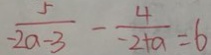
\frac { 5 } { - 2 a - 3 } - \frac { 4 } { - 2 + a } = 6